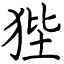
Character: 狴